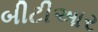
બીટીઆર